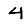
Digit: 4